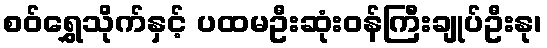
စဝ်ရွှေသိုက်နှင့် ပထမဦးဆုံးဝန်ကြီးချုပ်ဦးနု၊